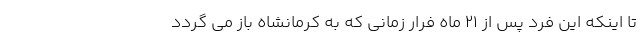
تا اینکه این فرد پس از 21 ماه فرار زمانی که به کرمانشاه باز می گردد